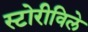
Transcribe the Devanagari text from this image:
स्टोरीविले